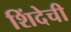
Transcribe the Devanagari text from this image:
शिंदेची